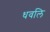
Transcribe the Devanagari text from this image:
धवलि